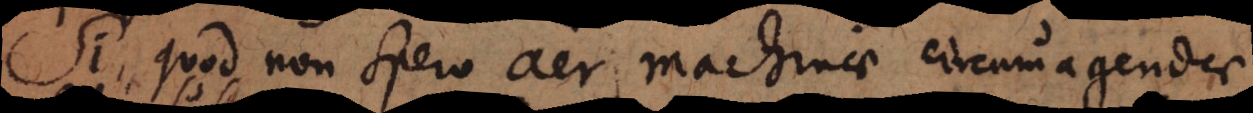
Si, quod non spero aer machinae circumagendae